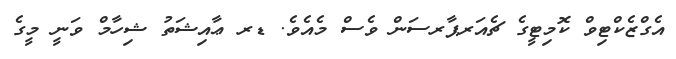
އެގްޒެކްޓިވް ކޮމިޓީގެ ޗެއަރޕާރސަން ވެސް މެއެވެ. ޑރ ޢާއިޝަތު ޝިހާމް ވަނީ މީގެ